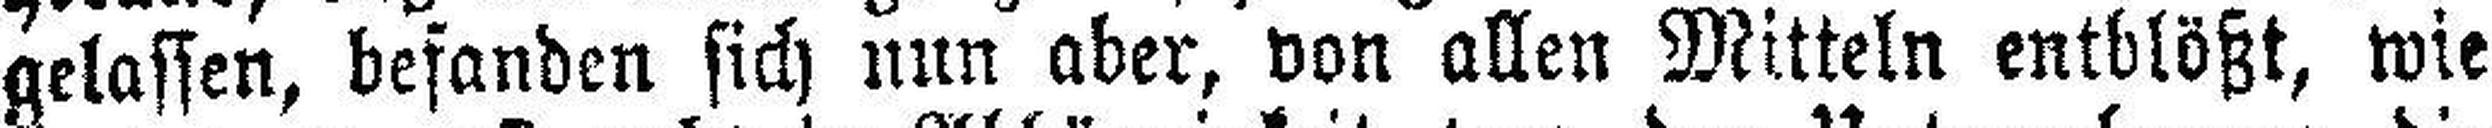
gelassen, befanden sich nun aber, von allen Mitteln entblößt, wie